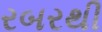
રબરથી